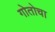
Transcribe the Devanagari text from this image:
गोतोचा